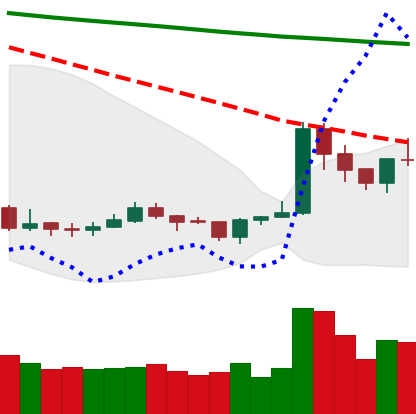
Ticker: XRP-USD
Chart end date: 2020-01-11
Forward return: 7.894%
Label: up_7plus